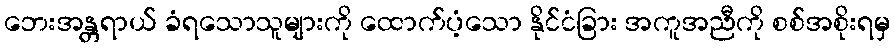
ဘေးအန္တရာယ် ခံရသောသူများကို ထောက်ပံ့သော နိုင်ငံခြား အကူအညီကို စစ်အစိုးရမှ